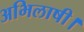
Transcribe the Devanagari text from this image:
अभिलाषी।